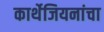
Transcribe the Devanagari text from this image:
कार्थेजियनांचा